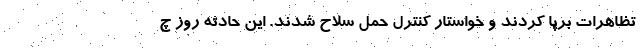
تظاهرات برپا کردند و خواستار کنترل حمل سلاح شدند. این حادثه روز چ